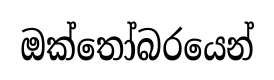
ඔක්තෝබරයෙන්